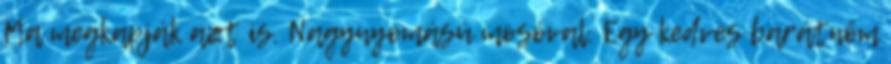
Ma megkapják azt is. Nagynyomású mosóval. Egy kedves barátnőm